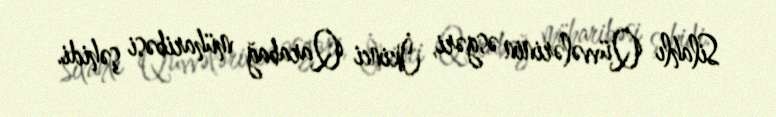
Silahlı Qüvvələrinin əsgəri, İkinci Qarabağ müharibəsi şəhidi.